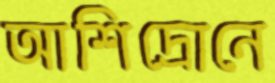
আশিদ্রোনে